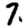
Digit: 7